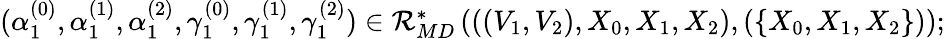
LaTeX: \begin{array}{r}{(\alpha_{1}^{(0)},\alpha_{1}^{(1)},\alpha_{1}^{(2)},\gamma_{1}^{(0)},\gamma_{1}^{(1)},\gamma_{1}^{(2)})\in\mathcal{R}_{MD}^{*}\left(((V_{1},V_{2}),X_{0},X_{1},X_{2}),\left(\{ X_{0},X_{1},X_{2}\} \right)\right);}\end{array}